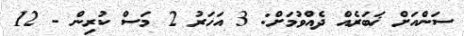
ސަންއަށް ޚަބަރެއް ދެއްވުމަށް: 3 އަހަރު 2 މަސް ކުރިން - 12